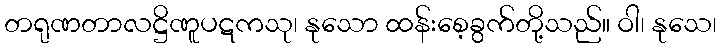
တရုဏတာလဋ္ဌိဏူပဋကသု၊ နုသော ထန်းစေ့ခွက်တို့သည်။ ဝါ၊ နုသေ၊